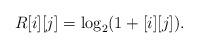
LaTeX: \begin{align*}R[i][j]=\log_2(1+{}[i][j]).\end{align*}